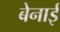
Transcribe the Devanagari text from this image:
बेनाई